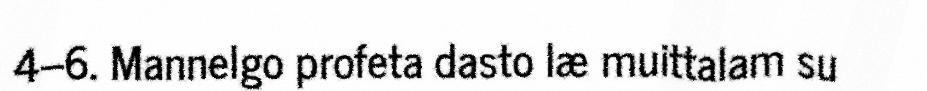
4–6. Mannelgo profeta dasto læ muittalam su